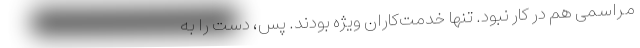
مراسمی هم در کار نبود. تنها خدمت‌کاران ویژه بودند. پس، دست را به